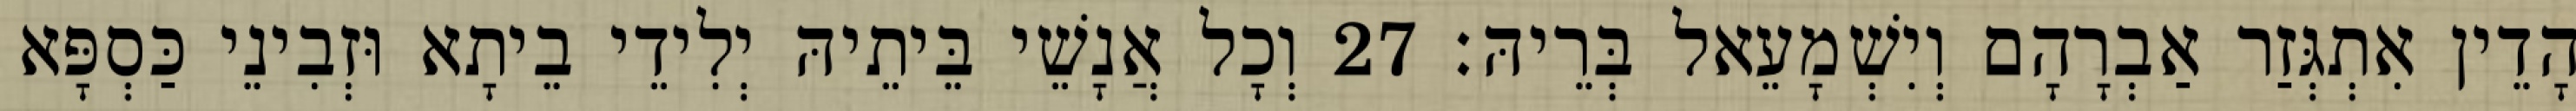
הָדֵין אִתְגְּזַר אַבְרָהָם וְיִשְׁמָעֵאל בְּרֵיהּ׃ 27 וְכָל אֲנָשֵׁי בֵּיתֵיהּ יְלִידֵי בֵיתָא וּזְבִינֵי כַּסְפָּא